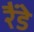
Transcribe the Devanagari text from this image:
रैंडे